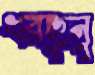
ধরছুনু